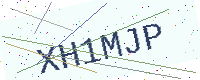
Text: XH1MJP